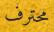
محترف